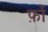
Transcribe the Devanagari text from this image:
फ़ों